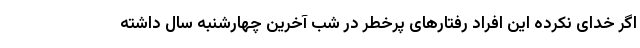
اگر خدای نکرده این افراد رفتارهای پرخطر در شب آخرین چهارشنبه سال داشته